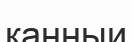
қанныи